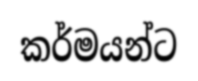
කර්මයන්ට